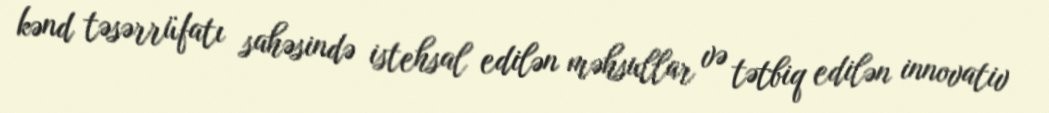
kənd təsərrüfatı sahəsində istehsal edilən məhsullar və tətbiq edilən innovativ